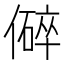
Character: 𪝬